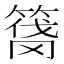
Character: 𰪑